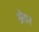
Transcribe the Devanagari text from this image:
स्नेडर